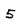
Character: 5